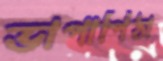
ভাপাপিঠা